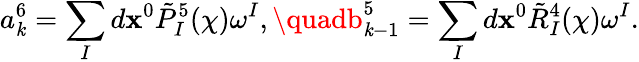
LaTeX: a_{\mathit{k}}^{6}=\sum_{I}d\mathbf{x}^{0}\tilde{{P}}_{I}^{5}(\chi)\omega^{I},\quadb_{\mathit{k}-1}^{5}=\sum_{I}d\mathbf{x}^{0}\tilde{{R}}_{I}^{4}(\chi)\omega^{I}.